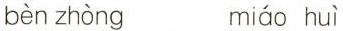
bèn zhòng miáo huì